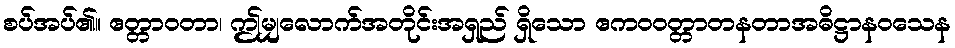
စပ်အပ်၏။ ဧတ္တာဝတာ၊ ဤမျှလောက်အတိုင်းအရှည် ရှိသော ဧကဝဝတ္တာတနတာအဓိဋ္ဌာနဝသေန